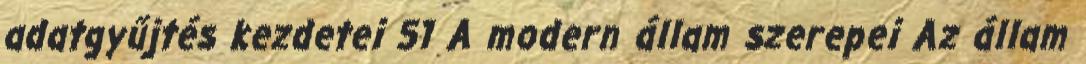
adatgyűjtés kezdetei 51 A modern állam szerepei Az állam